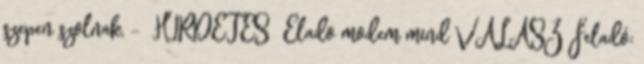
szepen szolnak, - HIRDETES Elado modem mind VÁLASZ Feladó: